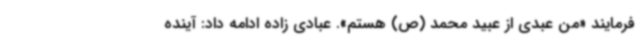
فرمایند «من عبدی از عبید محمد (ص) هستم». عبادی زاده ادامه داد: آینده